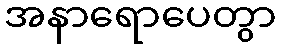
အနာရောပေတွာ